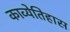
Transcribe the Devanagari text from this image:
काव्येतिहास